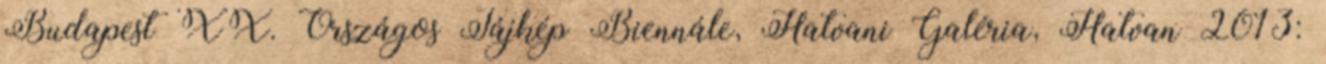
Budapest XX. Országos Tájkép Biennále, Hatvani Galéria, Hatvan 2013: